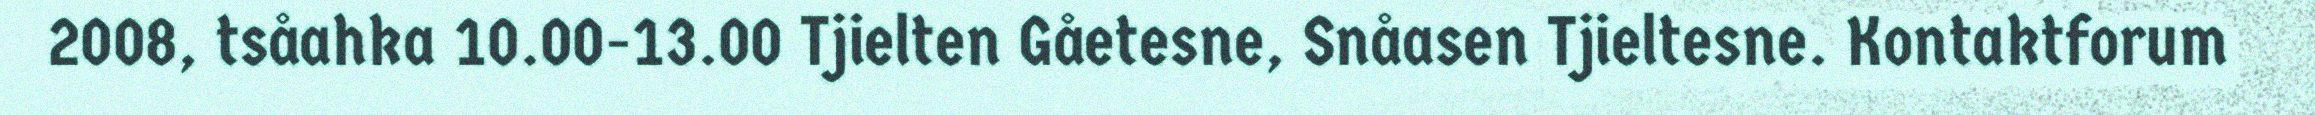
2008, tsåahka 10.00-13.00 Tjielten Gåetesne, Snåasen Tjieltesne. Kontaktforum